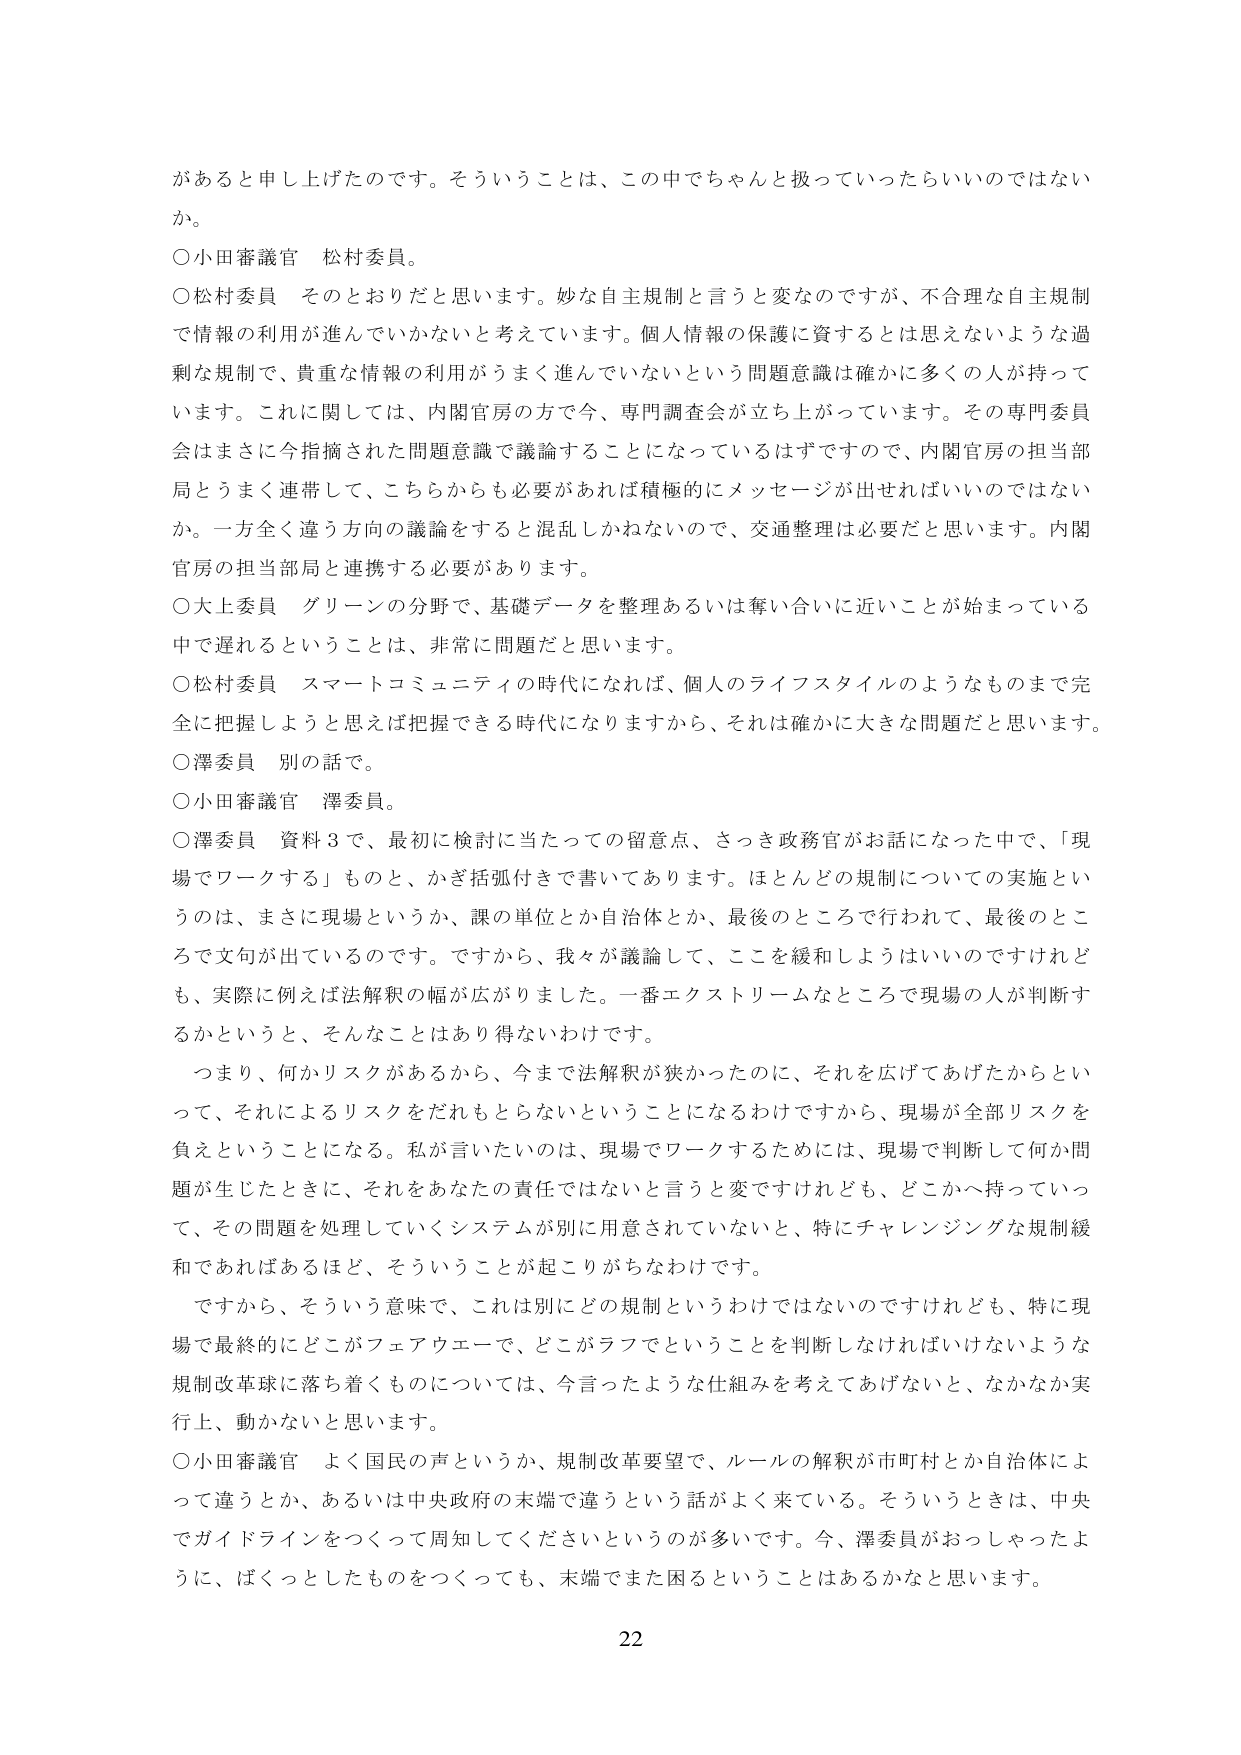
があると申し上げたのです。そういうことは、この中でちゃんと扱っていったらいいのではない
か。
○小田審議官　松村委員。
○松村委員　そのとおりだと思います。妙な自主規制と言うと変なのですが、不合理な自主規制
で情報の利用が進んでいかないと考えています。個人情報の保護に資するとは思えないような過
剰な規制で、貴重な情報の利用がうまく進んでいないという問題意識は確かに多くの人が持って
います。これに関しては、内閣官房の方で今、専門調査会が立ち上がっています。その専門委員
会はまさに今指摘された問題意識で議論することになっているはずですので、内閣官房の担当部
局とうまく連携して、こちらからも必要があれば積極的にメッセージが出せればいいのではない
か。一方全く違う方向の議論をすると混乱しかねないので、交通整理は必要だと思います。内閣
官房の担当部局と連携する必要があります。
○大上委員　グリーンの分野で、基礎データを整理あるいは奪い合いに近いことが始まっている
中で遅れるということは、非常に問題だと思います。
○松村委員　スマートコミュニティの時代になれば、個人のライフスタイルのようなものまで完
全に把握しようと思えば把握できる時代になりますから、それは確かに大きな問題だと思います。
○澤委員　別の話で。
○小田審議官　澤委員。
○澤委員　資料３で、最初に検討に当たっての留意点、さっき政務官がお話になった中で、「現
場でワークする」ものと、かぎ括弧付きで書いてあります。ほとんどの規制についての実施とい
うのは、まさに現場というか、課の単位とか自治体とか、最後のところで行われて、最後のとこ
ろで文句が出ているのです。ですから、我々が議論して、ここを緩和しようはいいのですけれど
も、実際に例えば法解釈の幅が広がりました。一番エクストリームなところで現場の人が判断す
るかというと、そんなことはあり得ないわけです。
　つまり、何かリスクがあるから、今まで法解釈が狭かったのに、それを広げてあげたからとい
って、それによるリスクをだれもとらないということになるわけですから、現場が全部リスクを
負えということになる。私が言いたいのは、現場でワークするためには、現場で判断して何か問
題が生じたときに、それをあなたの責任ではないと言うと変ですけれども、どこかへ持っていっ
て、その問題を処理していくシステムが別に用意されていないと、特にチャレンジングな規制緩
和であればあるほど、そういうことが起こりがちなわけです。
　ですから、そういう意味で、これは別にどの規制というわけではありませんけれども、特に現
場で最終的にどこがフェアウェーで、どこがラフでということを判断しなければいけないような
規制改革球に落ち着くものについては、今言ったような仕組みを考えてあげないと、なかなか実
行上、動かないと思います。
○小田審議官　よく国民の声というか、規制改革要望で、ルールの解釈が市町村とか自治体によ
って違うとか、あるいは中央政府の末端で違うという話がよく来ている。そういうときは、中央
でガイドラインをつくって周知してくださいというのが多いです。今、澤委員がおっしゃったよ
うに、ぼくっとしたものをつくっても、末端でまた困るということはあるかなと思います。
22